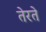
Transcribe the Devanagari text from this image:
तेरते